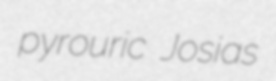
pyrouric Josias